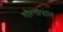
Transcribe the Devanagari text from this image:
गौरगोपाल